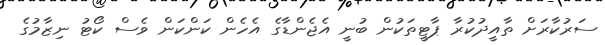
ސަރުކާރަށް ތާއީދުކުރާ ޕާޓީތަކުން ބުނީ އެޖެންޑާގެ އެހެން ކަންކަން ވެސް ކޯޓު ނިޒާމުގެ